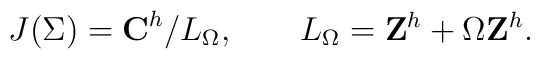
J(\Sigma)={\bf C}^h/L_\Omega,\qquad L_\Omega={\bf Z}^h+\Omega {\bf Z}^h.